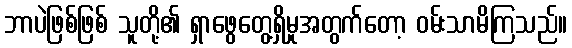
ဘာပဲဖြစ်ဖြစ် သူတို့၏ ရှာဖွေတွေ့ရှိမှုအတွက်တော့ ဝမ်းသာမိကြသည်။